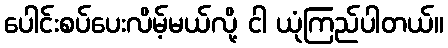
ပေါင်းစပ်ပေးလိမ့်မယ်လို့ ငါ ယုံကြည်ပါတယ်။